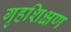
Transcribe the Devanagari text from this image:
गृहशिक्षण